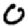
Digit: 0